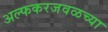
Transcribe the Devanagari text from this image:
अल्फकरजवळच्या